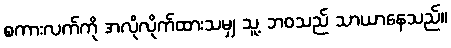
စကားလက်ကို အလိုလိုက်ထားသမျှ သူ့ ဘဝသည် သာယာနေသည်။